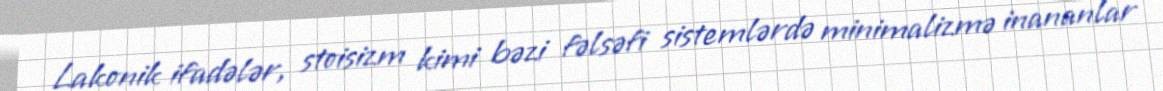
Lakonik ifadələr, stoisizm kimi bəzi fəlsəfi sistemlərdə minimalizmə inananlar